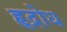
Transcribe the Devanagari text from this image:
हृद्रोध